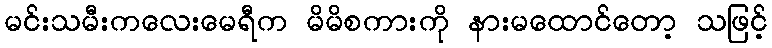
မင်းသမီးကလေးမေရီက မိမိစကားကို နားမထောင်တော့ သဖြင့်